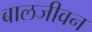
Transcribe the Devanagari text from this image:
बालजीवन